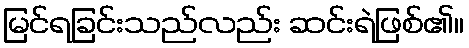
မြင်ရခြင်းသည်လည်း ဆင်းရဲဖြစ်၏။